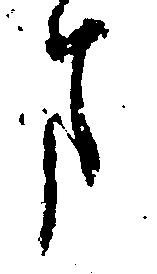
ま